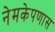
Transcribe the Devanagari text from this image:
नेमकेपणास